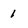
Character: 1